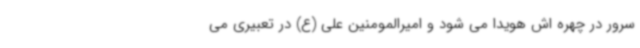
سرور در چهره اش هویدا می شود و امیرالمومنین علی (ع) در تعبیری می